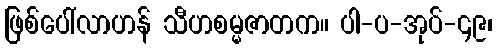
ဖြစ်ပေါ်လာဟန် သီဟစမ္မဇာတက။ ပါ-ပ-အုပ်-၄၉၊